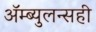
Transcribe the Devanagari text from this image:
ॲम्ब्युलन्सही